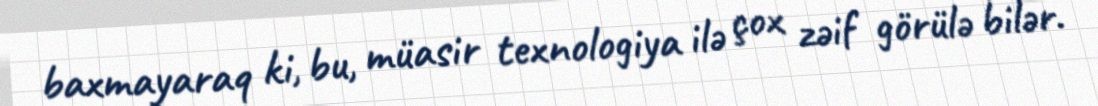
baxmayaraq ki, bu, müasir texnologiya ilə çox zəif görülə bilər.